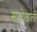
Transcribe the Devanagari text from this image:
सत्तोखाली